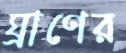
ঘ্রাণের